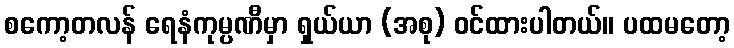
စကော့တလန် ရေနံကုမ္ပဏီမှာ ရှယ်ယာ (အစု) ဝင်ထားပါတယ်။ ပထမတော့